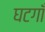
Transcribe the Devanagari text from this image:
घटगाँ